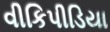
વીકિપીડિયા